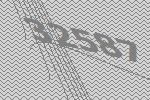
32587